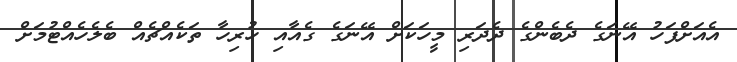
އެއަށްފަހު އޭނަގެ ދެބެންގެ ދެދަރި މީހަކަށް އޭނަގެ ގެއާއި ހުރިހާ ތަކެއްޗެއް ބެލެހެއްޓުމަށް